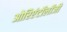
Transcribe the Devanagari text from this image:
ओरिएंटॉलॉजी